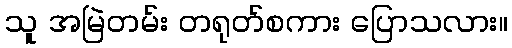
သူ အမြဲတမ်း တရုတ်စကား ပြောသလား။